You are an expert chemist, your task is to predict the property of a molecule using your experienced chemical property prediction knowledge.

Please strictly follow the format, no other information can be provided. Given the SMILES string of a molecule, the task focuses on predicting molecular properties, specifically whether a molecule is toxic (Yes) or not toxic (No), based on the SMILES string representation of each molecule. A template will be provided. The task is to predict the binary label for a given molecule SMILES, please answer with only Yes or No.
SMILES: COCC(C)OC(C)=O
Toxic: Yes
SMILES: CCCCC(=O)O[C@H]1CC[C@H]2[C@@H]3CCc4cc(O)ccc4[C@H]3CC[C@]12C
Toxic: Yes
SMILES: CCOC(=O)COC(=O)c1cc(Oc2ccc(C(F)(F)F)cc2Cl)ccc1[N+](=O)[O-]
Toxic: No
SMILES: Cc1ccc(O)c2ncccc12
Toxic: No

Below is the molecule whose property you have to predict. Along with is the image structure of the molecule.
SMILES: CCCCC/C(=C/c1ccccc1)CO
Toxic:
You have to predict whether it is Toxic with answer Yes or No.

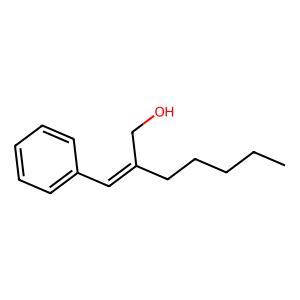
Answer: No